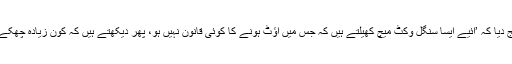
آفریدی نے چلینج دیا کہ ’آئیے ایسا سنگل وکٹ میچ کھیلتے ہیں کہ جس میں آؤٹ ہونے کا کوئی قانون نہیں ہو، پھر دیکھتے ہیں کہ کون زیادہ چھکے مار سکتا ہے‘۔